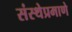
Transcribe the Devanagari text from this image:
संस्थेप्रमाणे